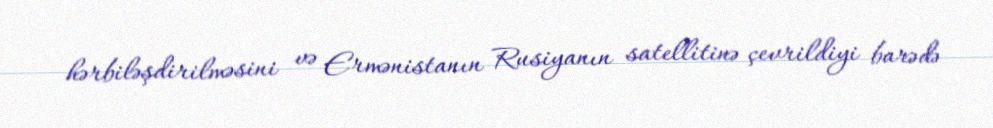
hərbiləşdirilməsini və Ermənistanın Rusiyanın satellitinə çevrildiyi barədə